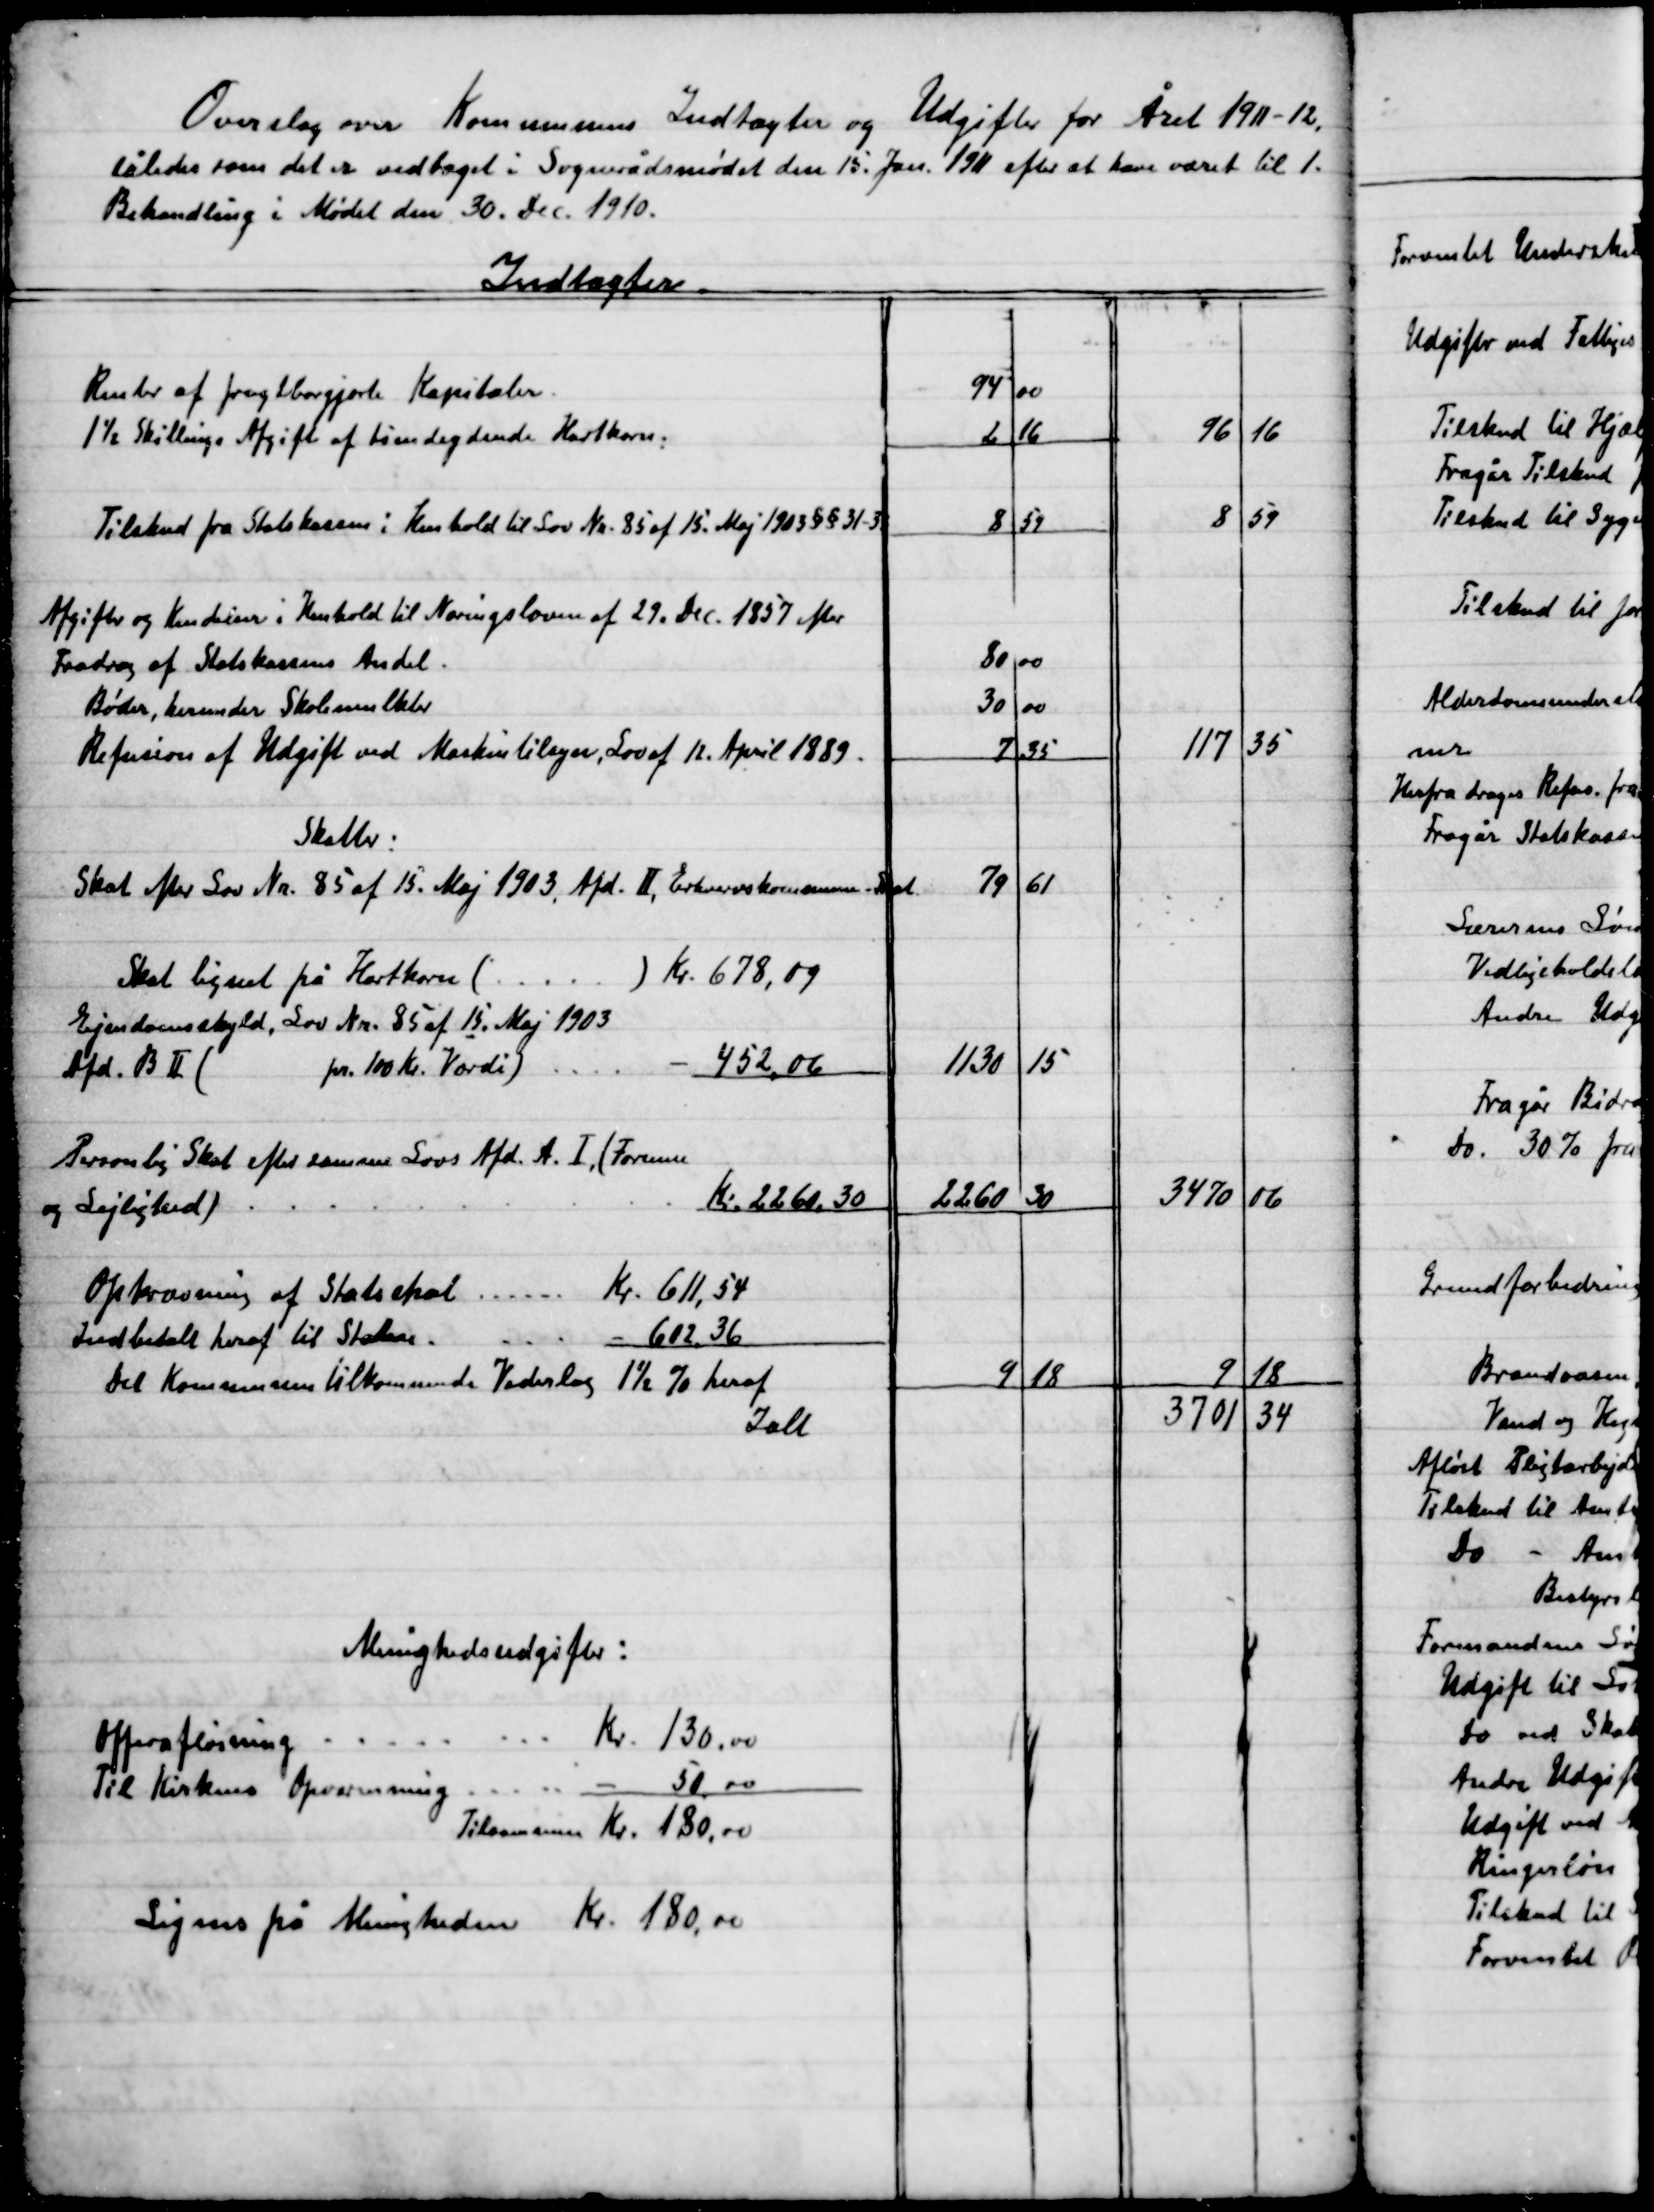
Transskription:
Overslag over Kommunens Indtægter og Udgifter for Året 1911-12
Således som det er vedtaget i Sognerådsmødet den 15. Jan. 1911 efter at have været til 1.
Behandling i Mødet den 30. Dec. 1910.